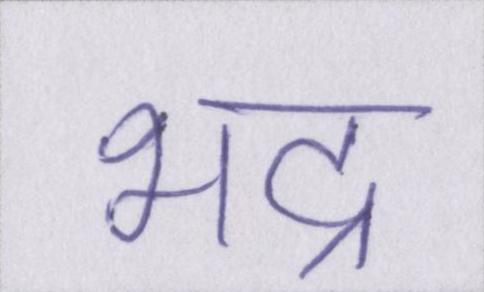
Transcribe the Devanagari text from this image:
भद्र